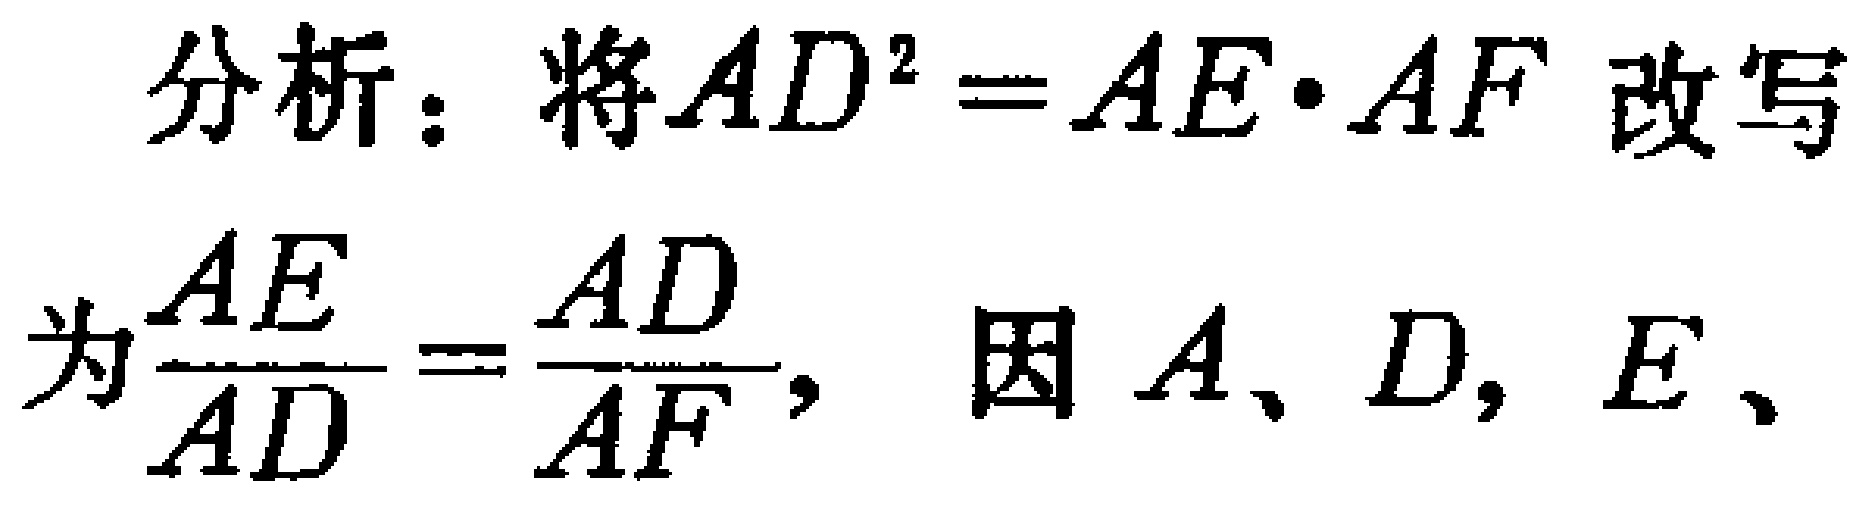
分析：将\(AD^{2} = AE\cdot AF\)改写为\(\frac{AE}{AD}=\frac{AD}{AF}\)，因\(A、D、E、\)